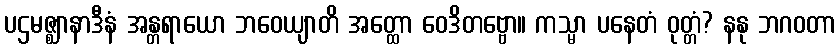
ပဌမဇ္ဈာနာဒီနံ အန္တရာယော ဘဝေယျာတိ အတ္ထော ဝေဒိတဗ္ဗော။ ကသ္မာ ပနေတံ ဝုတ္တံ? နနု ဘဂဝတာ